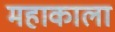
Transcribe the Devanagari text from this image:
महाकाला